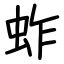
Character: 蚱